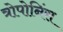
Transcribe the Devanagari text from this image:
त्रोपोनिंस